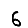
Digit: 6